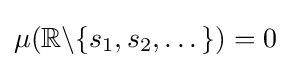
\mu (\mathbb {R} \backslash \{s_{1},s_{2},\dots \})=0